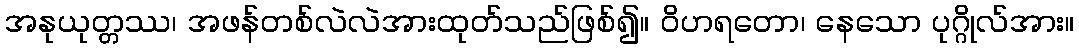
အနုယုတ္တဿ၊ အဖန်တစ်လဲလဲအားထုတ်သည်ဖြစ်၍။ ဝိဟရတော၊ နေသော ပုဂ္ဂိုလ်အား။